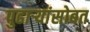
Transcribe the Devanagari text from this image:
पुढाऱ्यांसोबत